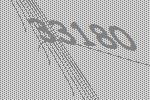
33180